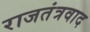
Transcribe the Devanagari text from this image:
राजतंत्रवाद